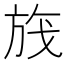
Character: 𬀃